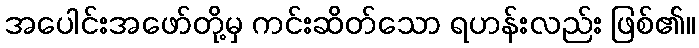
အပေါင်းအဖော်တို့မှ ကင်းဆိတ်သော ရဟန်းလည်း ဖြစ်၏။